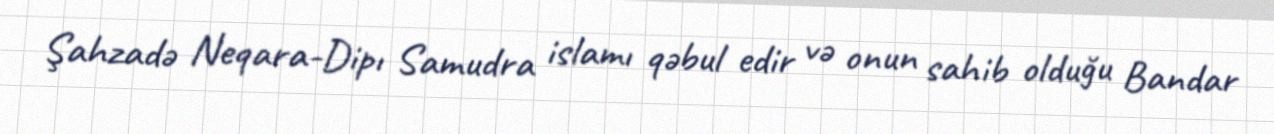
Şahzadə Neqara-Dipı Samudra islamı qəbul edir və onun sahib olduğu Bandar